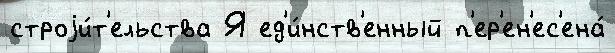
строjи́т'ельства Я ед'и́нств'енный п'ер'ен'ес'ена́